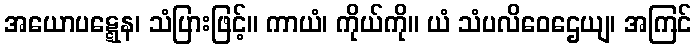
အယောပဋ္ဋေန၊ သံပြားဖြင့်။ ကာယံ၊ ကိုယ်ကို။ ယံ သံပလိဝေဌေယျ၊ အကြင်